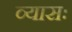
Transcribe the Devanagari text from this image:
व्यासः